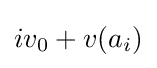
iv_{0}+v(a_{i})